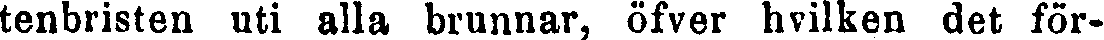
tenbristen uti alla brunnar, öfver hvilken det för-